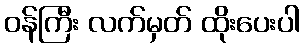
ဝန်ကြီး လက်မှတ် ထိုးပေးပါ